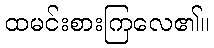
ထမင်းစားကြလေ၏။